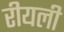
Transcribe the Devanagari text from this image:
रीयली